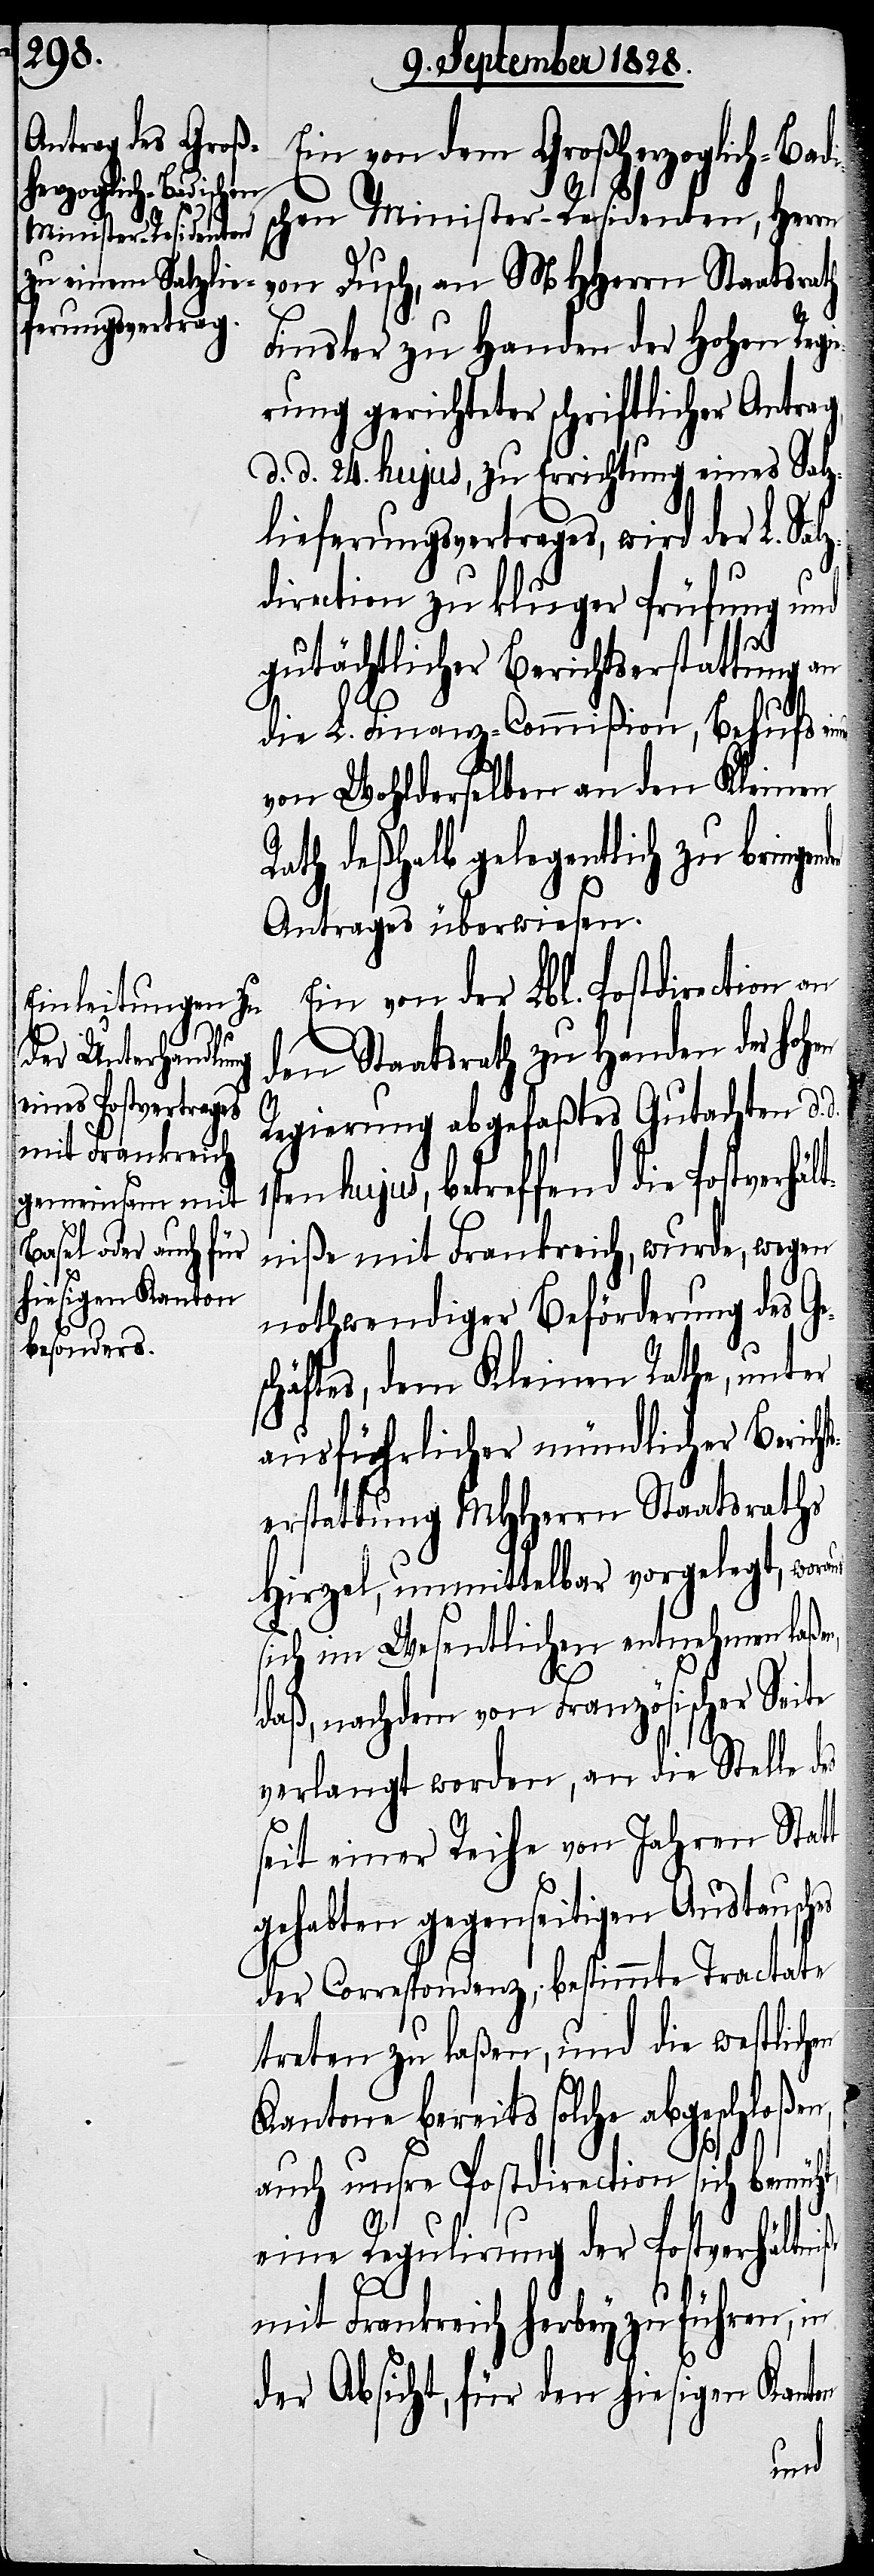
d.
Ein von dem Großherzoglich-Bad¬
ischen Minister-Residenten, Herrn
von Dusch, an MHHerrn Staatsrath
Finsler zu Handen der Hohen Regi¬
erung gerichteter schriftlicher Antrag,
d. d. 24. hujus, zu Errichtung eines Salz¬
lieferungsvertrages, wird der L. Sa¬
direction zu kluger Prüfung und
gutächtlicher Berichtserstattung an
die L. Finanz-Commißion, Behufs ei¬
von Wohlderselben an den Kleinen
Rath deßhalb gelegentlich zu bringe¬
Antrages überwiesen.
Ein von der Lbl. Postdirection an
den Staatsrath zu Handen der hohen
Regierung abgefaßtes Gutachten d.
ten hujus, betreffend die Postverhält¬
niße mit Frankreich, wurde, wegen
nothwendiger Beförderung des G¬
chäftes, dem Kleinen Rathe, unter
ausführlicher mündlicher Bericht¬
serstattung MHHerrn Staatsraths
Hirzel, unmittelbar vorgelegt, wor¬
sich im Wesentlichen entnehmen laße¬
daß, nachdem von Französischer Seite
verlangt worden, an die Stelle des
seit einer Reihe von Jahren Statt
gehabten gegenseitigen Austausches
der Correspondenz, bestimmte Tractate
treten zu laßen, und die westlichen
Kantone bereits solche abgeschloßen,
auch unsre Postdirection sich bemüht,
n,
eine Regulirung der Postverhältniße
mit Frankreich herbey zu führen, in
der Absicht, für den hiesigen Kanton